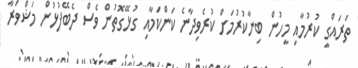
ތަރައްގީ ކުރުމާއި މީހުން ބިނާކުރުމަށް ކުރެވިދާނެ ކަންކަމާއި ގުޅޭގޮތުން ވެސް ދެބޭފުޅުން މަޝްވަރާ